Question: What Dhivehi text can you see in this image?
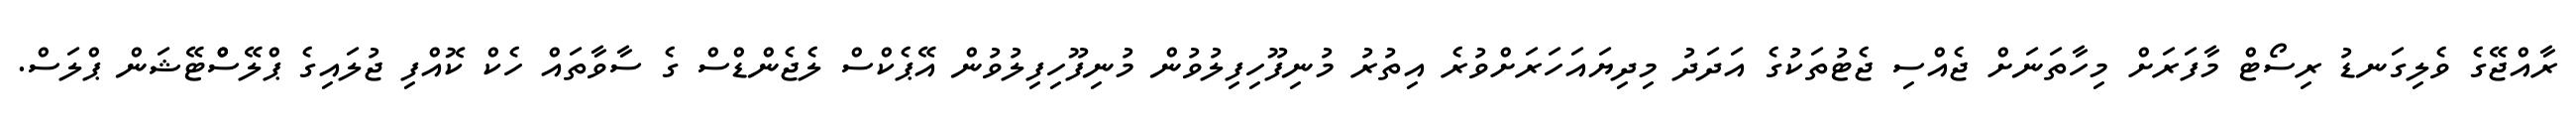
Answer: ރާއްޖޭގެ ވެލިގަނޑު ރިސޯޓް މާފަރަށް މިހާތަނަށް ޖެއްސި ޖެޓުތަކުގެ އަދަދު މިދިޔައަހަރަށްވުރެ އިތުރު މުނިފޫހިފިލުވުން މުނިފޫހިފިލުވުން އޭޕެކްސް ލެޖެންޑްސް ގެ ސާވާތައް ހެކް ކޮއްފި ޖުލައިގެ ޕްލޭސްްޓޭޝަން ޕްލަސް.